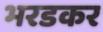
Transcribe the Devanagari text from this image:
भरडकर